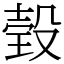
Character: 㲄